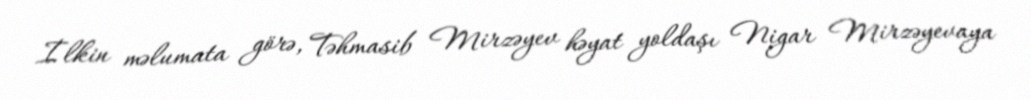
İlkin məlumata görə, Təhmasib Mirzəyev həyat yoldaşı Nigar Mirzəyevaya